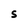
Character: S